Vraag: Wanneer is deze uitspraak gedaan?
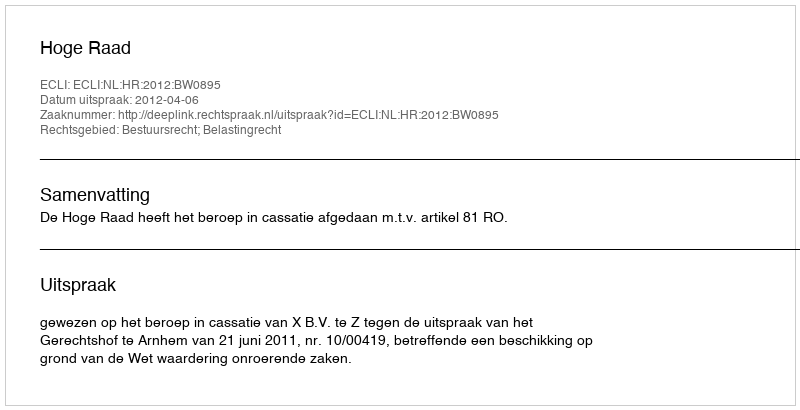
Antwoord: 2012-04-06